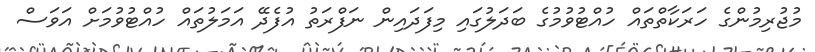
މުޖުރިމުންގެ ހަރަކާތްތައް ހުއްޓުވުމުގެ ބަދަލުގައި މިފަދައިން ނަފްރަތު އުފެދޭ އަމަލުތައް ހުއްޓުވުމަށް އަވަސް